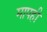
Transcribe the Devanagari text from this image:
मापही